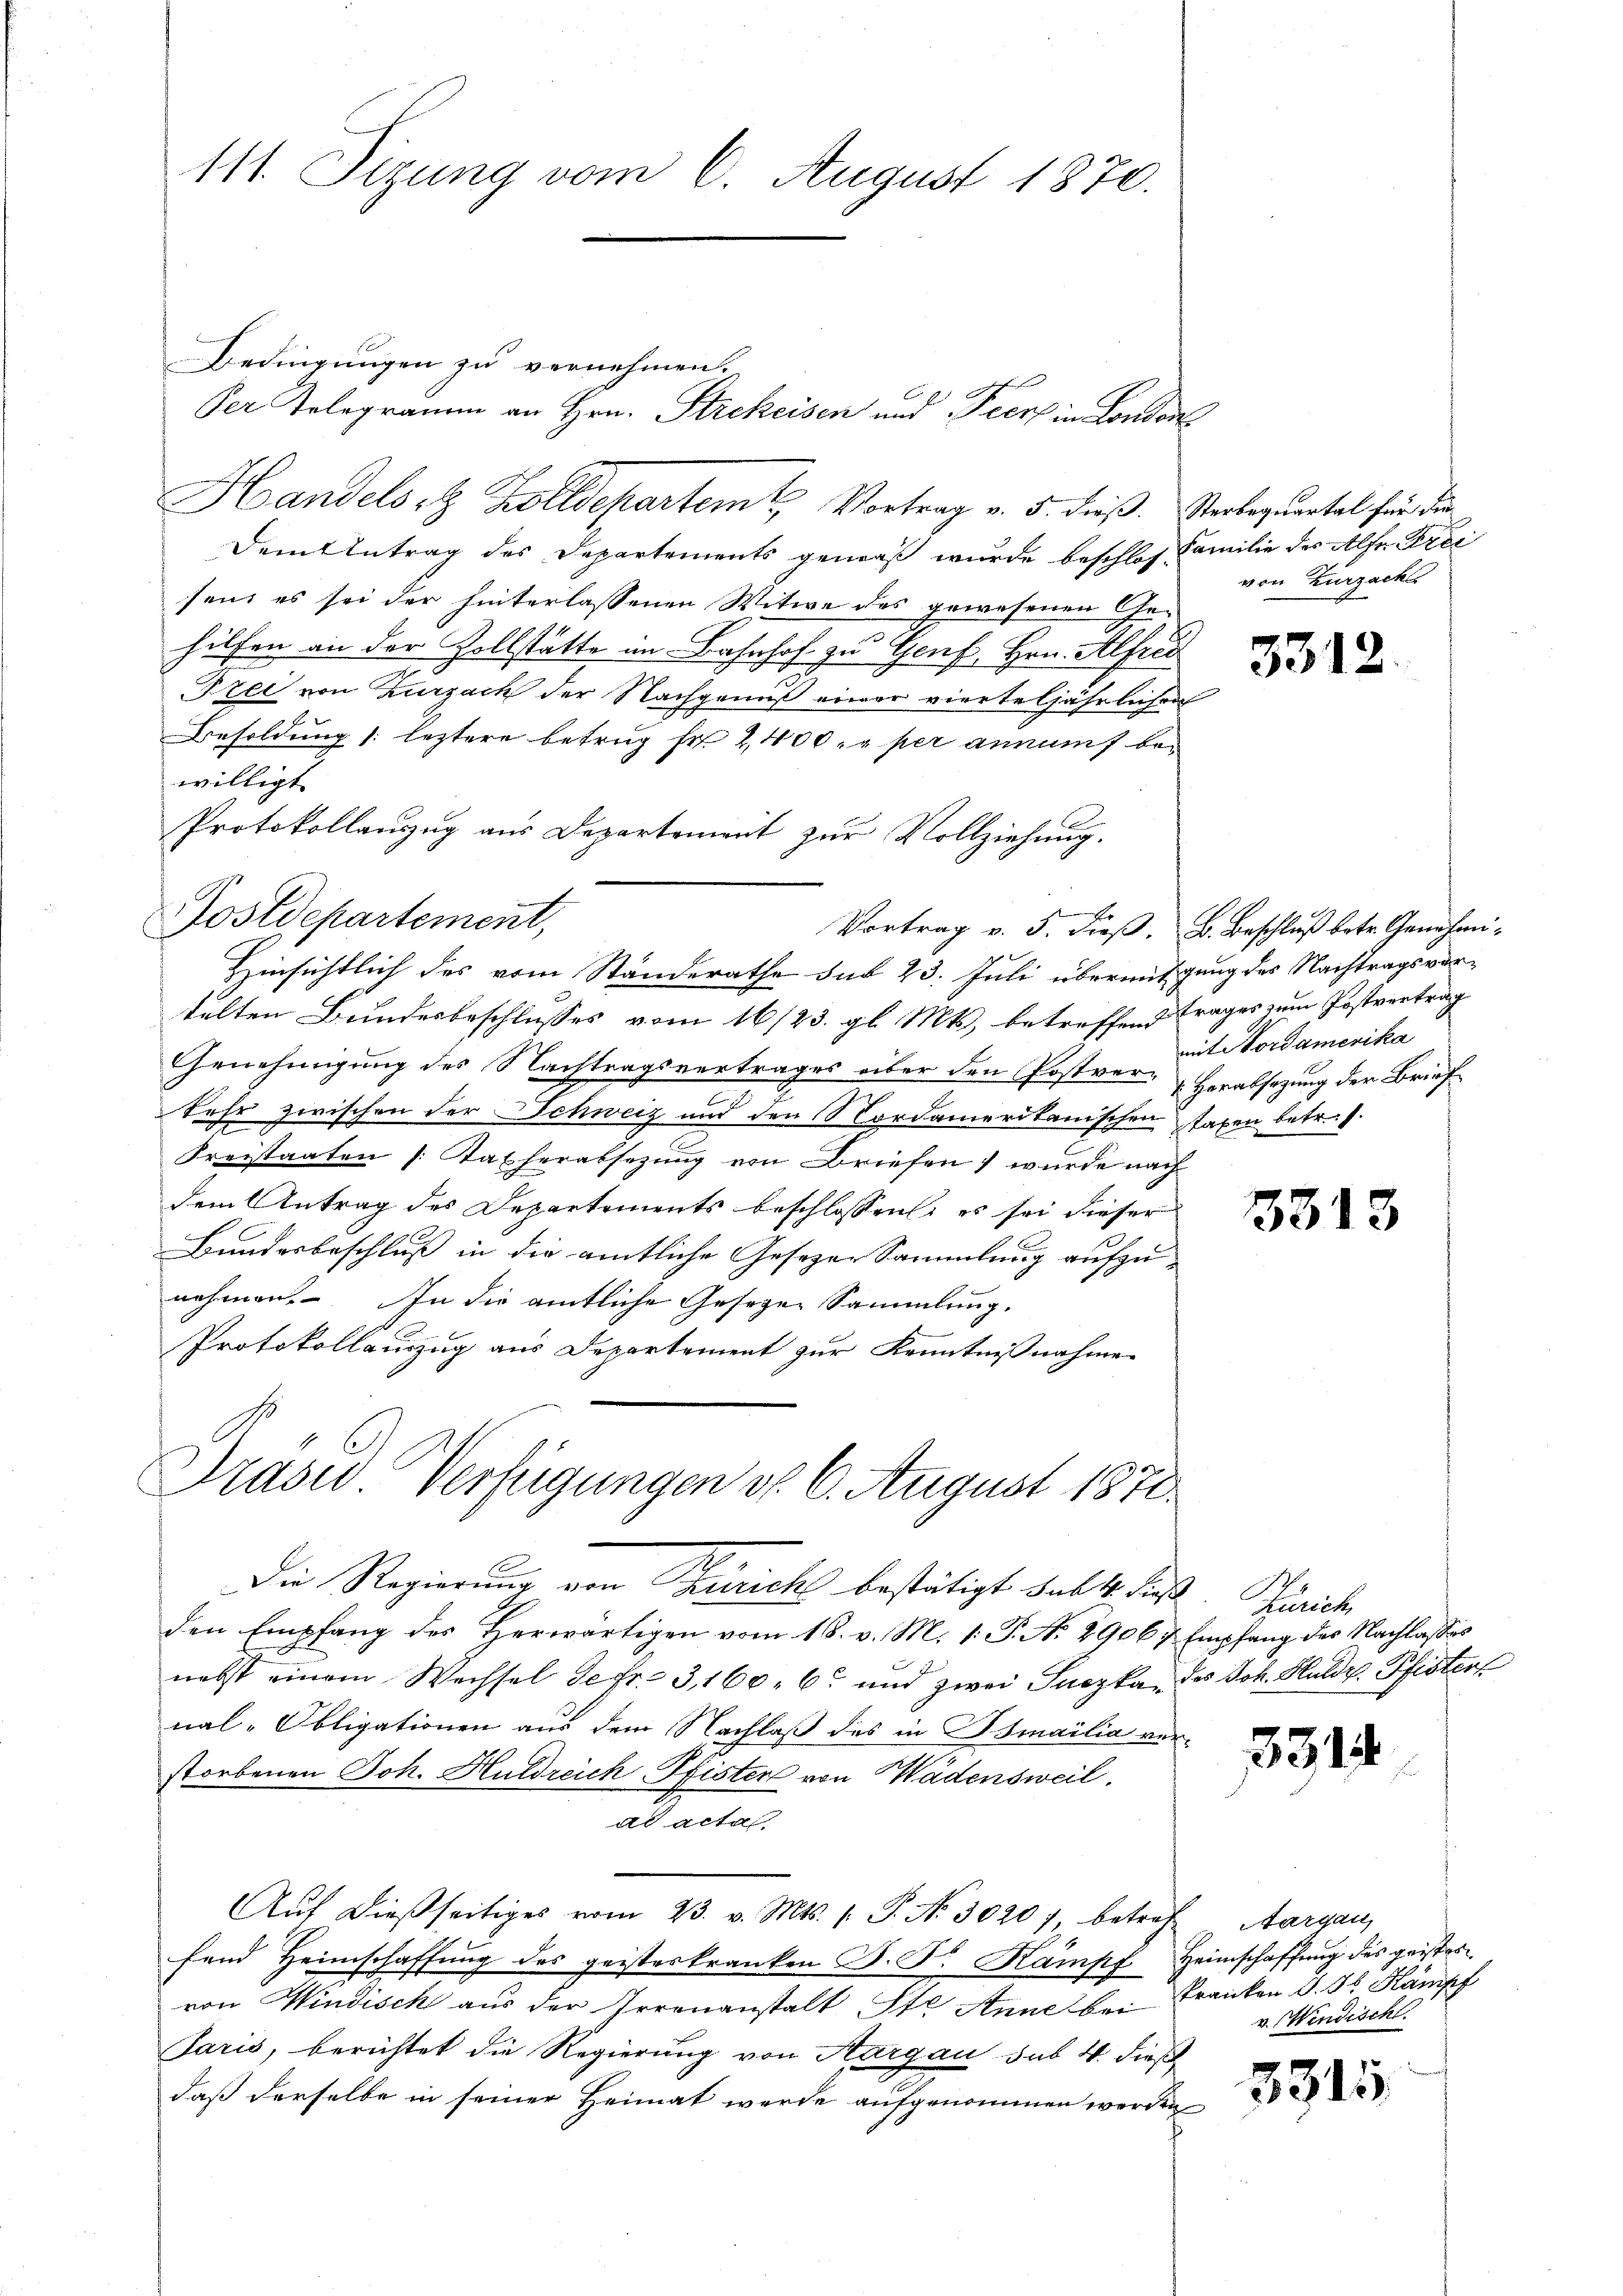
Bedingungen zu vernehmen.
Handelst Zolldepartem Vortrag v. 5. dieß. Sterbequartal für die
Dem Antrag des Departements gemäß wurde beschlos Familie der Alfer Frei
sen, es sei der hinterlassenen Witwe des gewesenen Ge-
hilfen an der Zollstatte im Bahnhof zu Genf, Hrn. Alfred
Pree von Zurzach der Nachgenuß einer vierteljährlichen
Besoldung (: leztere betrug Fr. 2400. r per annamt bewilligt
Protokollanzug aus Departement zur Vollziehung.
x
Postdepartement,
Vortrag v. 5. dieß. B. Beschluß betr. Genehmi¬
Hinsichtlich des vom Standerathe sub 23. Juli übermitgung des Nachtragsvertelten Bundesbeschlusses vom 16/23. gl. Mts., betreffend Trages zum Postvertrag
Genehmigung des Nachtragsvertrages über den Postver, Herabsetzung der Brief¬
Kehr zwischen der Schweiz und den Nordamerikanischen haben betr. 1.
Kreistaaten (Taxherabsezung von Briefen wurde nach
dem Antrag des Departements beschlossen, es sei dieser
Bundesbeschluß in die amtliche Gesezer Sammlung aufzunehmen. In die amtliche Gesezen Sammlung.
Protokollauszug aus Departement zur Kenntnißnahme

111. Sizung vom 6. August 1870.

Der Telegramm an Hrn. Stickeisen und Peer in London

Präsid Verfügungen d. 6. August 1870
Die Regierung von Zürich bestätigt das 4. dieß. Zürich

den Empfang des Herwärtigen vom 16. v. M. 1. P. No. 2906 & Empfang des Nachlasses
nebst einem Wechsel de fr. 3, 160. 6 und zwei Suczka, des Joh. Huldi, Pfisters
nal-Obligationen aus dem Nachlaß des in Bsmailia verstorbenen Joh. Huldreich Pfister von Wädensweil,
ad acta
Aŭf dießseitiges vom 23. v. Mts. f. P. Nr. 30207, betref Aargau,
fend Heimschaffung des geisteskranken S. S. Kampf Heimschaffung des geistes
von Windisch aus der Irrenanstalt St. Anne bei Franken d. J. Kampf
Paris, berichtet die Regierung von Aargau sub 4. dieß
daß derselbe in seiner Heimat werde aufgenommen werden

von Zurzach

3312.

mit Nordamerika

3313

5314

v. Windischl

3315